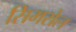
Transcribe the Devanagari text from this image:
सिमरोल